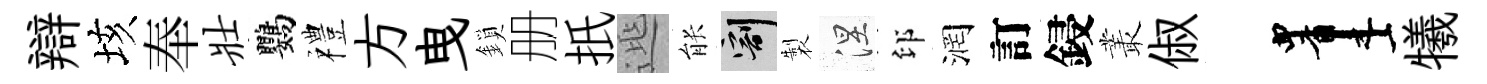
辯垓奉壮鸚禮方曳鎖册扺𨓱䏻割製涅印润訂鋟叢俶画犧